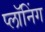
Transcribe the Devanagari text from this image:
प्लॉनिंग